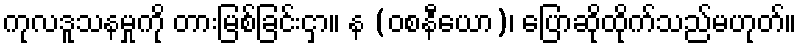
ကုလဒူသနမှုကို တားမြစ်ခြင်းငှာ။ န (ဝစနီယော)၊ ပြောဆိုထိုက်သည်မဟုတ်။